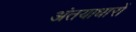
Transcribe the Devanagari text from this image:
अंतयाधारों